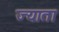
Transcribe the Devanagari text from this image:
ज्याता